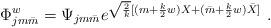
LaTeX: \begin{align*}\Phi_{jm\bar{m}}^w=\Psi_{jm\bar{m}}e^{\sqrt{2\over k}[(m+{k\over 2}w)X+(\bar m+{k\over 2}w)\bar X]}~.\end{align*}